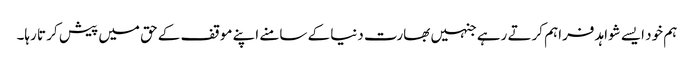
ہم خود ایسے شواہد فراہم کرتے رہے جنہیں بھارت دنیا کے سامنے اپنے موقف کے حق میں پیش کر تا رہا۔